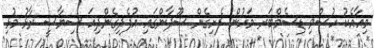
މިއާއެކު ހުސްވި ޑިސެމްބަރ މަހުން ފެށިގެން ސޫދާންގައި އުފެދިގެންދިއަ ސިޔާސީ ރާޅު މުޅި